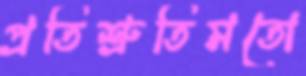
প্রতিশ্রুতিমতো